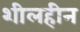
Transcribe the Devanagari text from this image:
शीलहीन